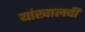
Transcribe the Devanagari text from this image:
यांखालची